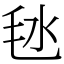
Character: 㲑